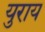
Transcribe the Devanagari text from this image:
युराय